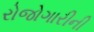
રોજોગારીની